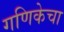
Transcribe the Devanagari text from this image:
गणिकेचा